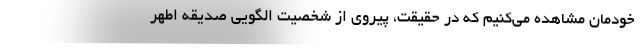
خودمان مشاهده می‌کنیم که در حقیقت، پیروی از شخصیت الگویی صدیقه اطهر